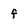
Character: f